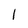
Character: l